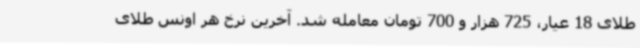
طلای 18 عیار، 725 هزار و 700 تومان معامله شد. آخرین نرخ هر اونس طلای